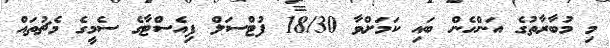
މި މުބާރާތުގެ އަންހެން ބައި ކަމަށްވާ 18/30 ފުޓްސަލް ފިއެސްޓާގެ ސެމީގެ މެޗުތައް